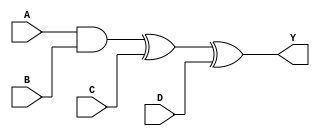

`timescale 1ns/1ns

module num_3(input A, input B, input C, input D, output Y);

assign Y = (A&B)^C^D;

endmodule